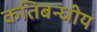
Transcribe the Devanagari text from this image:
कतिबन्धीय